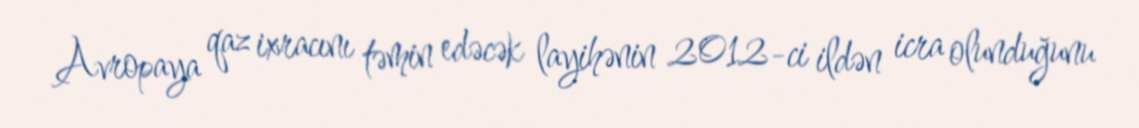
Avropaya qaz ixracını təmin edəcək layihənin 2012-ci ildən icra olunduğunu